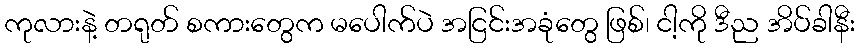
ကုလားနဲ့ တရုတ် စကားတွေက မပေါက်ပဲ အငြင်းအခုံတွေ ဖြစ်၊ ငါ့ကို ဒီည အိပ်ခါနီး